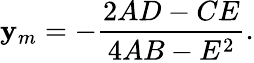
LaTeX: \mathbf{y}_{m}=-{\frac{{2AD-CE}}{{4AB-E^{2}}}}.